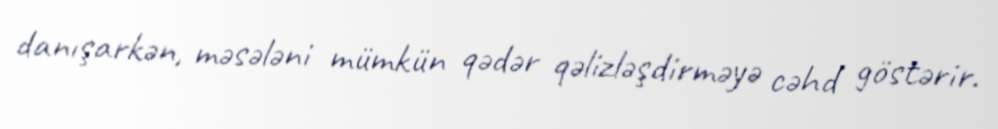
danışarkən, məsələni mümkün qədər qəlizləşdirməyə cəhd göstərir.